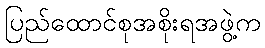
ပြည်ထောင်စုအစိုးရအဖွဲ့က